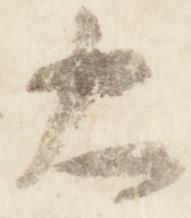
大